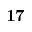
\mathbf { 1 7 }